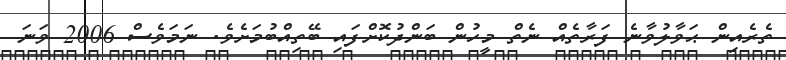
ތެރެއިން ޙަވާލުވާނެ ފަރާތެއް ނެތް މީހުން ބަންދުކޮށްފައި ބޭތިއްބުމަށެވެ. ނަމަވެސް 2006 ވަނަ